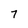
Character: 7